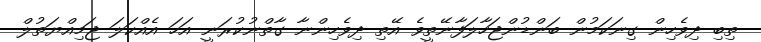
ތިބި ދިވެހިން ގިނަކަމުން ބަންޑުންޖަހާލަފާނޭތީވެ އޭތި ދިވެހިންނާ ގާތްނުކުރަނީ އަހަ އެއްކަލަ ޖަމިއްޔަތުލް